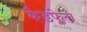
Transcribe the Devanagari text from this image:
कैडफेल